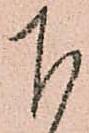
下